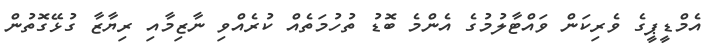
އެމްޑީޕީގެ ވެރިކަން ވައްޓާލުމުގެ އެންމެ ބޮޑު ތުހުމަތެއް ކުރެއްވި ނާޒިމާއި ރިޔާޒާ ގުޅޭގޮތުން